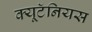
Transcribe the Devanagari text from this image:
क्यूटॅनियस